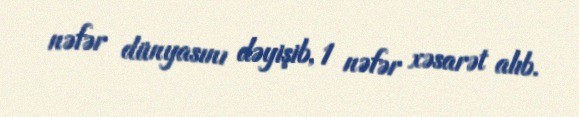
nəfər dünyasını dəyişib, 1 nəfər xəsarət alıb.